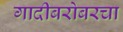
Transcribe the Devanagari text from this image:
गादीबरोबरचा